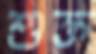
শুক্ত